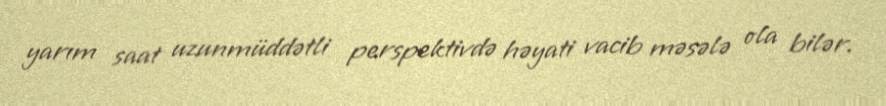
yarım saat uzunmüddətli perspektivdə həyati vacib məsələ ola bilər.